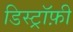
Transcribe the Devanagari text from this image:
डिस्ट्रॉफ़ी